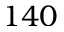
1 4 0